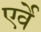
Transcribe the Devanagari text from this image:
एर्वे